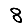
Digit: 8